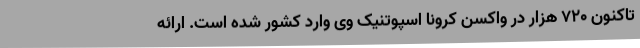
تاکنون 720 هزار در واکسن کرونا اسپوتنیک وی وارد کشور شده است. ارائه